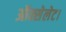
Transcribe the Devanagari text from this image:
ऑक्सेलेट।